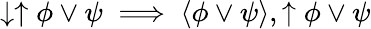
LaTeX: \downarrow\uparrow\phi\lor\psi\implies\langle\phi\lor\psi\rangle,\uparrow\phi\lor\psi